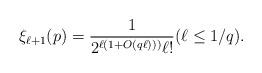
LaTeX: \begin{align*}\xi_{\ell+1}(p) = \frac 1{2^{\ell(1+O(q\ell)))} \ell!} (\ell \le 1/q).\end{align*}